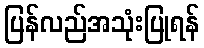
ပြန်လည်အသုံးပြုရန်